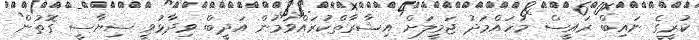
ކުރީގެ ނައިބް ރައީސް މުހައްމަދު ޖަމީލަށް އިޝާރާތްކުރައްވަމުން އަދީބް ވިދާޅުވީ ސިޔާސީ ގޮތުން